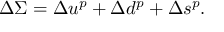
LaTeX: \Delta \Sigma = \Delta u ^ { p } + \Delta d ^ { p } + \Delta s ^ { p } .